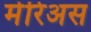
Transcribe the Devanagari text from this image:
मेरिअस